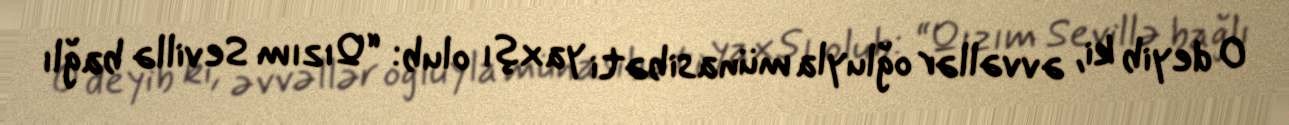
O deyib ki, əvvəllər oğluyla münasibəti yaxşı olub: “Qızım Sevillə bağlı